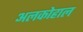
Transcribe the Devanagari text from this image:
अलकोहाल